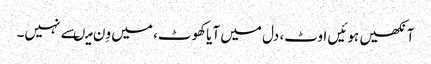
آنکھیں ہوئیں اوٹ، دل میں آیاکھوٹ، میں وِن میںسے نہیں۔